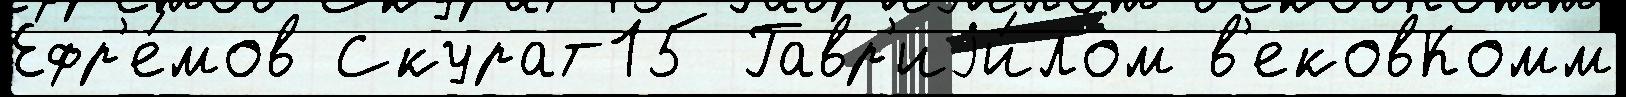
Ефр'е́мов Скурат15 Гавр'иjи́лом в'ековКомм